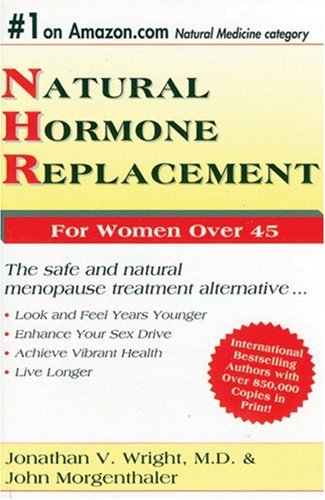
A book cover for Natural Hormone Replacement For Women Over 45; John Morgenthaler; Health, Fitness & Dieting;